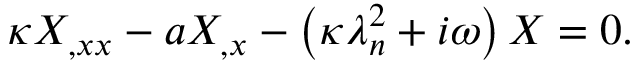
\kappa X _ { , x x } - a X _ { , x } - \left( \kappa \lambda _ { n } ^ { 2 } + i \omega \right) X = 0 .